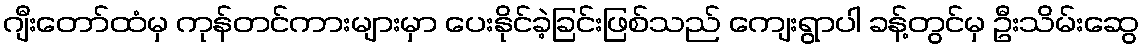
ဂျီးတော်ထံမှ ကုန်တင်ကားများမှာ ပေးနိုင်ခဲ့ခြင်းဖြစ်သည် ကျေးရွာပါ ခန့်တွင်မှ ဦးသိမ်းဆွေ